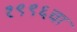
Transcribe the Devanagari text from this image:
१९९६चा